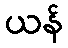
ယန်